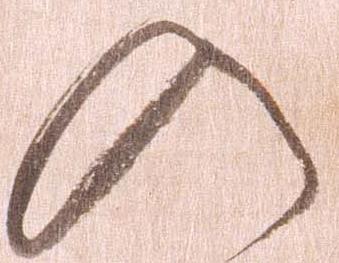
入